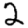
Digit: 2